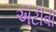
એટીવી